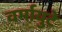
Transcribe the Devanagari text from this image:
वर्मायुटे